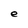
Character: e